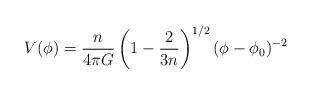
LaTeX: \begin{align*}V(\phi) = {n\over 4\pi G}\left( 1- {2\over 3n}\right)^{1/2} (\phi - \phi_0)^{-2} \end{align*}